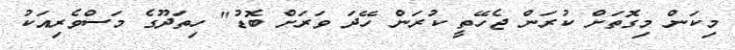
މިކަން މިގޮތަށް ކުރަން ޖެހޭތީ ކުރަން ހޭދަ ވަރަށް ބޮޑު" ހިތަދޫގެ މަސްވެރިއަކު